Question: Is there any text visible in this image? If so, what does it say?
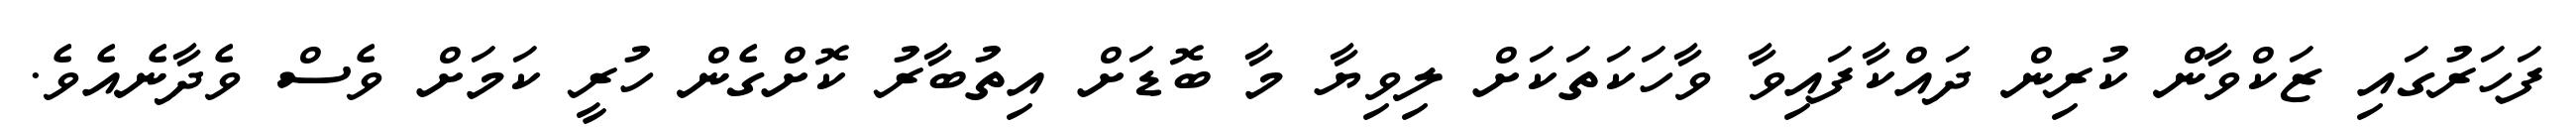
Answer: ފަހަރުގައި ޒަކްވާން ކުރިން ދައްކާފައިވާ ވާހަކަތަކަށް ލިވިޔާ މާ ބޮޑަށް އިތުބާރު ކޮށްގެން ހުރީ ކަމަށް ވެސް ވެދާނެއެވެ.